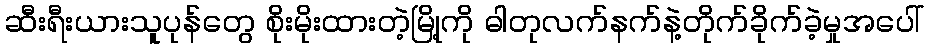
ဆီးရီးယားသူပုန်တွေ စိုးမိုးထားတဲ့မြို့ကို ဓါတုလက်နက်နဲ့တိုက်ခိုက်ခဲ့မှုအပေါ်